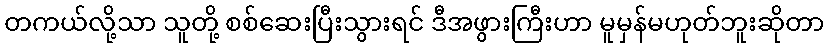
တကယ်လို့သာ သူတို့ စစ်ဆေးပြီးသွားရင် ဒီအဖွားကြီးဟာ မူမှန်မဟုတ်ဘူးဆိုတာ